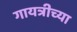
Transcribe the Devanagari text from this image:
गायत्रीच्या